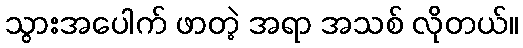
သွားအပေါက် ဖာတဲ့ အရာ အသစ် လိုတယ်။